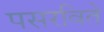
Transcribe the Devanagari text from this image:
पसरविते